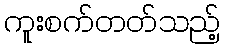
ကူးစက်တတ်သည့်